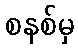
စနစ်မှ